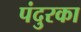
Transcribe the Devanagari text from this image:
पंदुरका